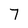
Character: 7